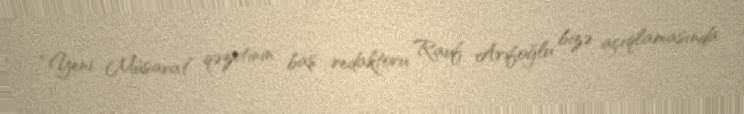
“Yeni Müsavat” qəzetinin baş redaktoru Rauf Arifoğlu bizə açıqlamasında